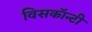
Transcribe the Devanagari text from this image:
विसकॉन्टी